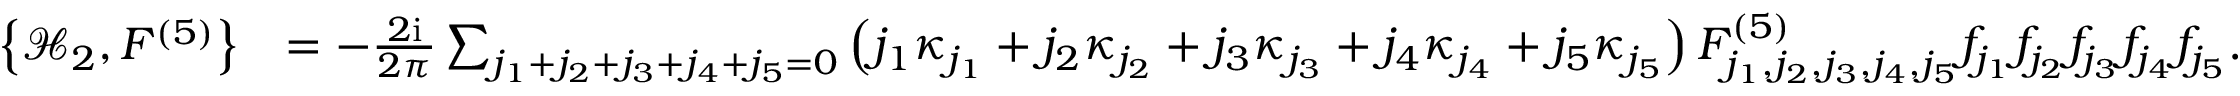
\begin{array} { r l } { \left\{ \mathcal { H } _ { 2 } , F ^ { ( 5 ) } \right\} } & { = - \frac { 2 \mathrm { i } } { 2 \pi } \sum _ { j _ { 1 } + j _ { 2 } + j _ { 3 } + j _ { 4 } + j _ { 5 } = 0 } \left( j _ { 1 } \kappa _ { j _ { 1 } } + j _ { 2 } \kappa _ { j _ { 2 } } + j _ { 3 } \kappa _ { j _ { 3 } } + j _ { 4 } \kappa _ { j _ { 4 } } + j _ { 5 } \kappa _ { j _ { 5 } } \right) F _ { j _ { 1 } , j _ { 2 } , j _ { 3 } , j _ { 4 } , j _ { 5 } } ^ { ( 5 ) } f _ { j _ { 1 } } f _ { j _ { 2 } } f _ { j _ { 3 } } f _ { j _ { 4 } } f _ { j _ { 5 } } . } \end{array}